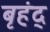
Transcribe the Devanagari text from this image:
बृहंद्